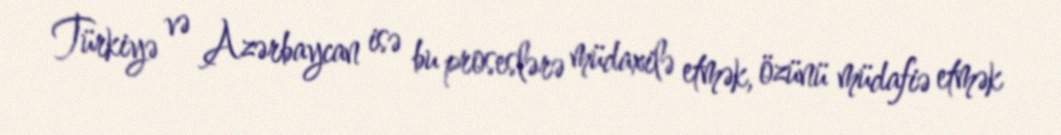
Türkiyə və Azərbaycan isə bu proseslərə müdaxilə etmək, özünü müdafiə etmək